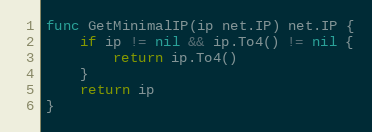
Language: Go
func GetMinimalIP(ip net.IP) net.IP {
	if ip != nil && ip.To4() != nil {
		return ip.To4()
	}
	return ip
}